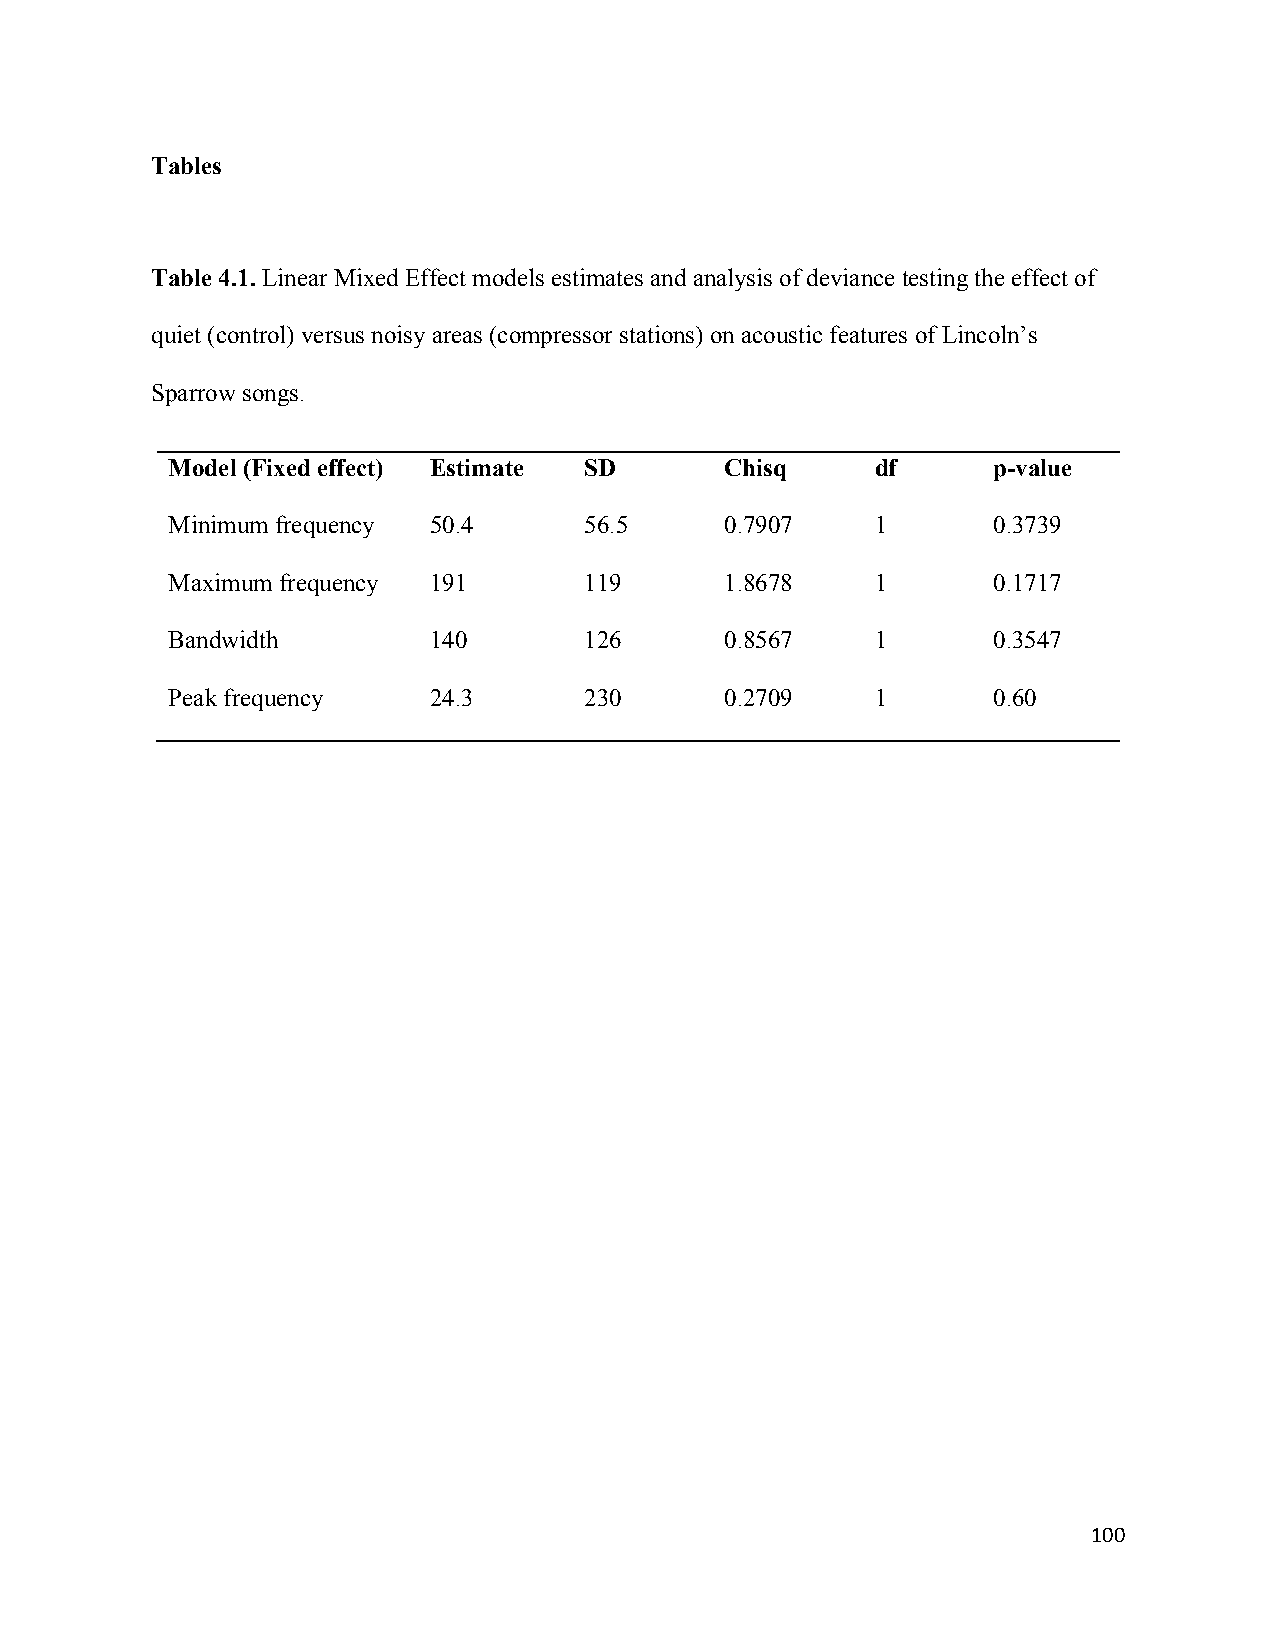
Tables
 Table 4.1. Linear Mixed Effect models estimates and analysis of deviance testing the effect of
 quiet (control) versus noisy areas (compressor stations) on acoustic features of Lincoln’s
 Sparrow songs.
 Model (Fixed effect) Estimate SD     Chisq     df      p-value
 Minimum frequency 50.4      56.5     0.7907    1       0.3739
 Maximum frequency 191       119      1.8678    1       0.1717
 Bandwidth        140        126      0.8567    1       0.3547
 Peak frequency   24.3       230      0.2709    1       0.60
 100